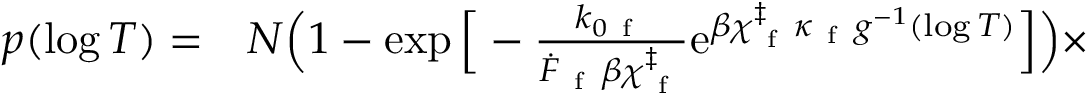
\begin{array} { r l } { p ( \log T ) = } & { { } N \Big ( 1 - \exp \Big [ - \frac { k _ { 0 \mathrm { ~ f ~ } } } { \dot { F } _ { \mathrm { ~ f ~ } } \beta \chi _ { \mathrm { ~ f ~ } } ^ { \ddag } } \mathrm { e } ^ { \beta \chi _ { \mathrm { ~ f ~ } } ^ { \ddag } \kappa _ { \mathrm { ~ f ~ } } g ^ { - 1 } ( \log T ) } \Big ] \Big ) \times } \end{array}